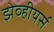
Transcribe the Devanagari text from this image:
झेव्हीयर्स